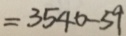
= 3 5 4 0 - 5 9